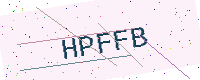
Text: HPFFB